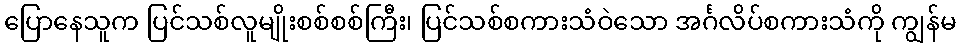
ပြောနေသူက ပြင်သစ်လူမျိုးစစ်စစ်ကြီး၊ ပြင်သစ်စကားသံဝဲသော အင်္ဂလိပ်စကားသံကို ကျွန်မ